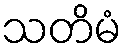
သတိမံ